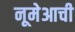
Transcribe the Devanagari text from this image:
नूमेआची